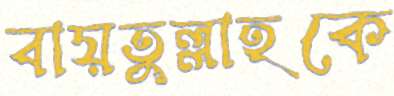
বায়তুল্লাহকে